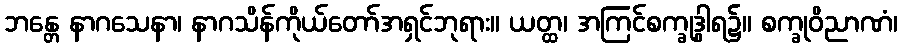
ဘန္တေ နာဂသေနာ၊ နာဂသိန်ကိုယ်တော်အရှင်ဘုရား။ ယတ္ထ၊ အကြင်စက္ခုဒွါရ၌။ စက္ခုဝိညာဏံ၊